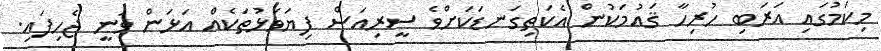
މިކަމުގައި އަރަބި ހުރިހާ ޤައުމަކުން އެކަތިގަނޑަކަށްވެ ސީރިއަސް ފިޔަވަޅުތަކެއް އަޅަން ވަނީ ޖެހިފައި.